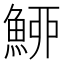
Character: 䱖